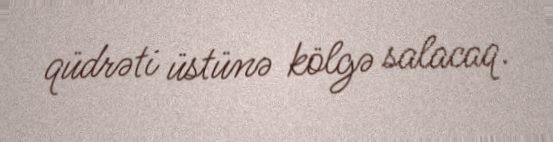
qüdrəti üstünə kölgə salacaq.